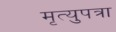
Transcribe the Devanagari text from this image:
मृत्युपत्रा